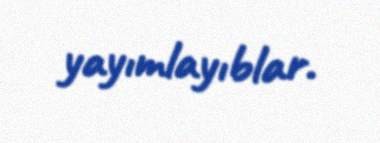
yayımlayıblar.